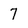
Character: 7